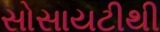
સોસાયટીથી